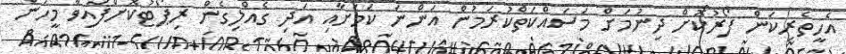
އެހީތެރިކަން ފޯރުކޮށް ދިނުމަށް މަސައްކަތްކުރަމުން އަންނަ ކަމަށާއި އަދި ގެއްލިގެން ރިޕޯޓުކޮށްފައިވާ މީހުން